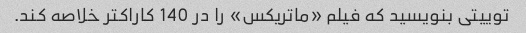
توییتی بنویسید که فیلم «ماتریکس» را در 140 کاراکتر خلاصه کند.